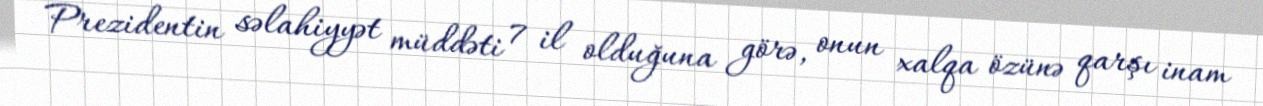
Prezidentin səlahiyyət müddəti 7 il olduğuna görə, onun xalqa özünə qarşı inam